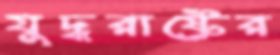
যুদ্ধরাষ্ট্রের